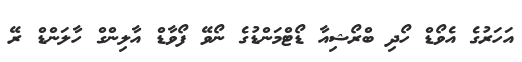
އަހަރުގެ އެވޯޑް ހޯދި ބްރޯޝިއާ ޑޯޓްމަންޑުގެ ނޯވޭ ފޯވާޑް އާލިންގް ހާލަންޑް ރޭ